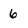
Character: 6